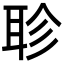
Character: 聄